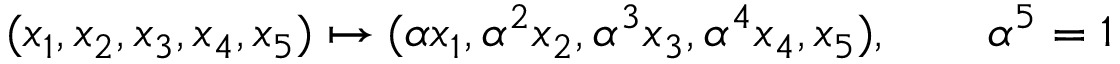
( x _ { 1 } , x _ { 2 } , x _ { 3 } , x _ { 4 } , x _ { 5 } ) \mapsto ( \alpha x _ { 1 } , \alpha ^ { 2 } x _ { 2 } , \alpha ^ { 3 } x _ { 3 } , \alpha ^ { 4 } x _ { 4 } , x _ { 5 } ) , \qquad \alpha ^ { 5 } = 1